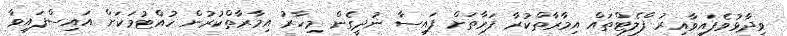
ވިދާޅުވެފައިވާއިރު ފްލެޓްތައް އިމާރާތްކުރާ ފަރާތަށް ފައިސާ ނުދީގެން މިހާރު އިމާރާތްކުރުން ހުއްޓުމަކަށް އައިސްފައިވާ